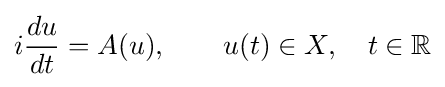
i{\frac {du}{dt}}=A(u),\qquad u(t)\in X,\quad t\in \mathbb {R}